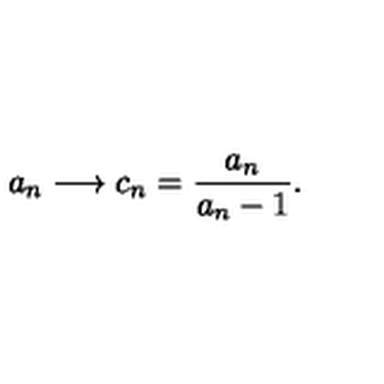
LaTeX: a _ { n } \longrightarrow c _ { n } = \frac { a _ { n } } { a _ { n } - 1 } .